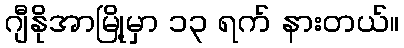
ဂျီနိုအာမြို့မှာ ၁၃ ရက် နားတယ်။